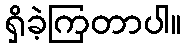
ရှိခဲ့ကြတာပါ။